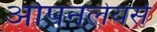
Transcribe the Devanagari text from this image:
ओपनलेयर्स